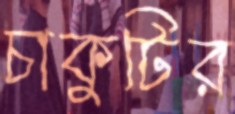
চাকুটির